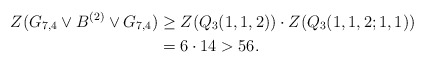
\begin{align*} Z(G_{7,4}\vee B^{(2)}\vee G_{7,4})&\geq Z(Q_3(1,1,2))\cdot Z(Q_3(1,1,2;1,1))\\&=6\cdot 14>56. \end{align*}